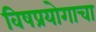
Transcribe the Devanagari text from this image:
विषप्रयोगाचा